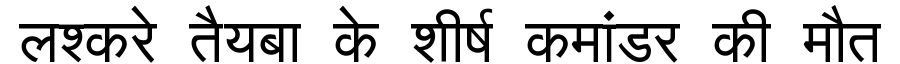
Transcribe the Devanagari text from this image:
लश्करे तैयबा के शीर्ष कमांडर की मौत